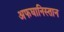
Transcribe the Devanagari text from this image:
अफघानिस्तान